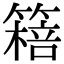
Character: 𥳖